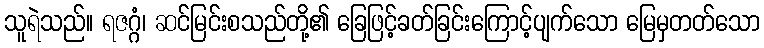
သူရဲသည်။ ရဇဂ္ဂံ၊ ဆင်မြင်းစသည်တို့၏ ခြေဖြင့်ခတ်ခြင်းကြောင့်ပျက်သော မြေမှတတ်သော